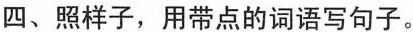
四、照样子，用带点的词语写句子。